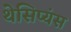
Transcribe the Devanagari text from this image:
थेसिप्यंस